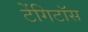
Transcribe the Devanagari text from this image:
टेंगिटॉस